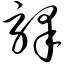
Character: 驿